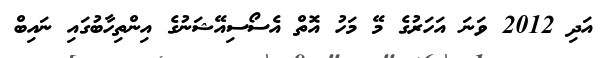
އަދި 2012 ވަނަ އަހަރުގެ މޭ މަހު އޮތް އެސޯސިއޭޝަނުގެ އިންތިހާބުގައި ނައިބް